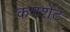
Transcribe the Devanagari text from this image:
कमशेट